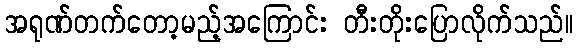
အရုဏ်တက်တော့မည့်အကြောင်း တီးတိုးပြောလိုက်သည်။